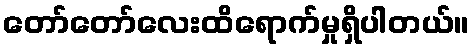
တော်တော်လေးထိရောက်မှုရှိပါတယ်။